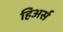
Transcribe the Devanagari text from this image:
हिअर्स